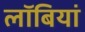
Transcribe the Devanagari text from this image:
लॉबियां